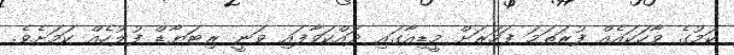
ކަމުގެ ވާހަކައެއް ފުރަތަމަ ފަހަރަށް މީޑިއާގައި ދައްކަވާފައި ވަނީ ރިޓަޔާޑް ފުލުހެއް ކަމަށެވެ.